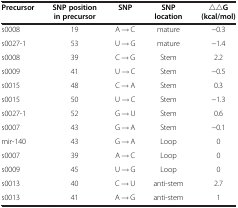
| Precursor | SNP position in precursor | SNP | SNP location | △△G (kcal/mol) |
 | --- | --- | --- | --- | --- |
 | s0008 | 19 | A → C | mature | −0.3 |
 | s0027-1 | 53 | U → G | mature | −1.4 |
 | s0008 | 39 | C → G | Stem | 2.2 |
 | s0009 | 41 | U → C | Stem | −0.5 |
 | s0015 | 48 | C → A | Stem | 0.3 |
 | s0015 | 50 | U → C | Stem | −1.3 |
 | s0027-1 | 52 | G → U | Stem | 0.6 |
 | s0007 | 43 | G → A | Stem | −0.1 |
 | mir-140 | 43 | G → A | Loop | 0 |
 | s0007 | 39 | A → C | Loop | 0 |
 | s0009 | 45 | U → G | Loop | 0 |
 | s0013 | 40 | C → U | anti-stem | 2.7 |
 | s0013 | 41 | A → G | anti-stem | 1 |